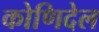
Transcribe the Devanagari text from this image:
कोणिदेल